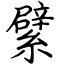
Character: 繴